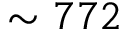
\sim 7 7 2